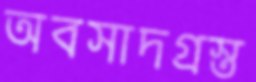
অবসাদগ্রস্ত